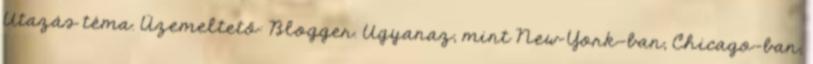
Utazás téma. Üzemeltető: Blogger. Ugyanaz, mint New York-ban, Chicago-ban,